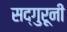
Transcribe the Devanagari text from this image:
सद्गुरूनी